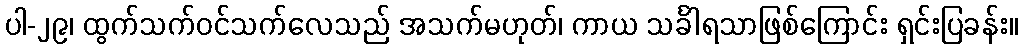
ပါ-၂၉၊ ထွက်သက်ဝင်သက်လေသည် အသက်မဟုတ်၊ ကာယ သင်္ခါရသာဖြစ်ကြောင်း ရှင်းပြခန်း။